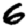
Digit: 6